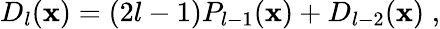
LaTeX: D_{l}(\mathbf{x})=(2l-1)P_{l-1}(\mathbf{x})+D_{l-2}(\mathbf{x})\; ,